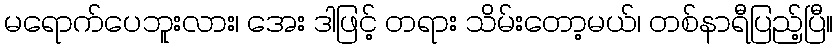
မရောက်ပေဘူးလား၊ အေး ဒါဖြင့် တရား သိမ်းတော့မယ်၊ တစ်နာရီပြည့်ပြီ။